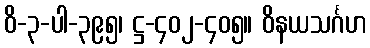
ဝိ-၃-ပါ-၃၉၅၊ ဋ္ဌ-၄၀၂-၄၀၅။ ဝိနယသင်္ဂဟ